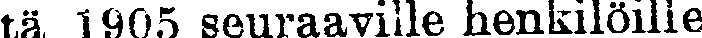
tä 1905 seuraaville henkilöilie